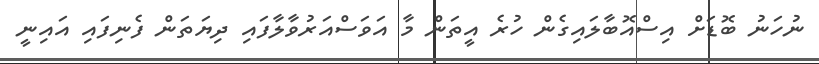
ނުހަނު ބޮޑަށް އިސްއޮބާލައިގެން ހުރެ އީތަން މާ އަވަސްއަރުވާލާފައި ދިޔަތަން ފެނިފައި އައިނީ